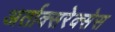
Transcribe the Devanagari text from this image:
अर्ताक्सरेक्सेस